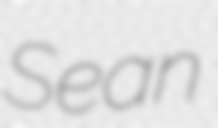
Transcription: Sean